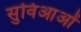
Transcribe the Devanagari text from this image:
सुविआओं